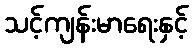
သင့်ကျန်းမာရေးနှင့်